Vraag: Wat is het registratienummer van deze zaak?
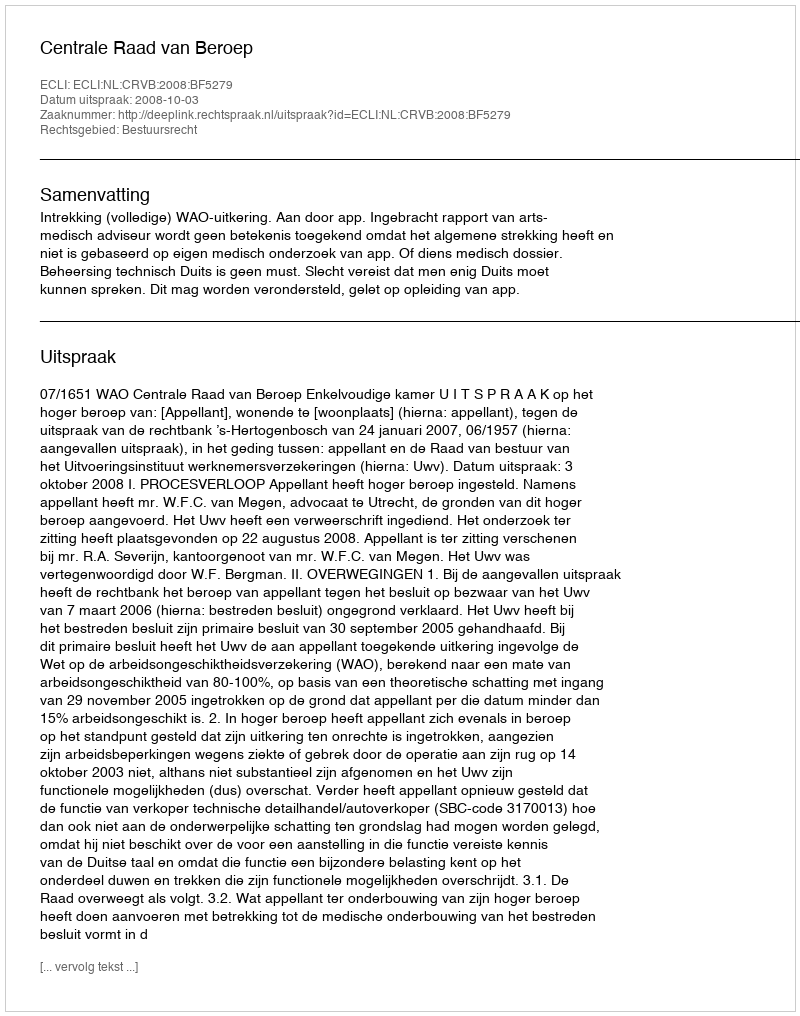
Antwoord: http://deeplink.rechtspraak.nl/uitspraak?id=ECLI:NL:CRVB:2008:BF5279